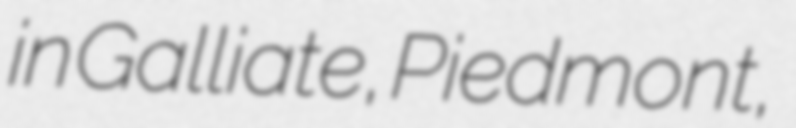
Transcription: in Galliate, Piedmont,